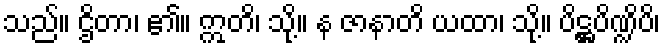
သည်။ ဌိတာ၊ ၏။ ဣတိ၊ သို့။ န ဇာနာတိ ယထာ၊ သို့။ ပိဋ္ဌပိဏ္ဍိပိ၊